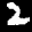
Label: 2